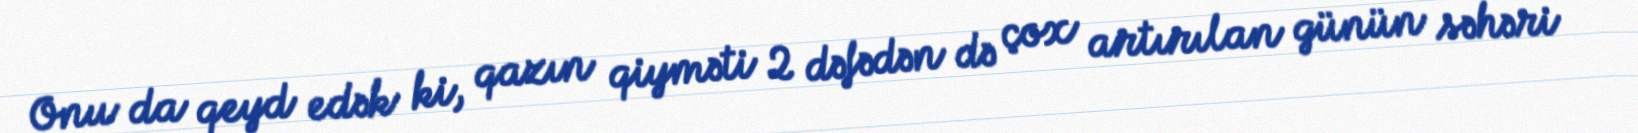
Onu da qeyd edək ki, qazın qiyməti 2 dəfədən də çox artırılan günün səhəri